Scottish Leaving Certificate Examination, 1959
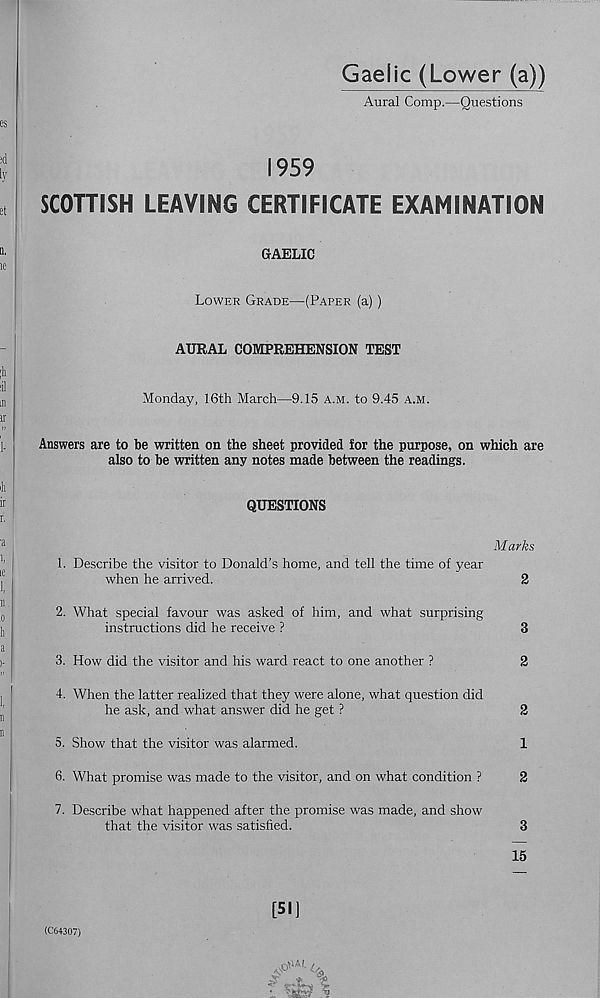
Gaelic (Lower (a))
Aural Comp.—Questions
1959
SCOTTISH LEAVING CERTIFICATE EXAMINATION
GAELIC
Lower Grade—(Paper (a) )
AURAL COMPREHENSION TEST
Monday, 16th March—9.15 a.m. to 9.45 a.m.
Answers are to be written on the sheet provided for the purpose, on which are
also to be written any notes made between the readings.
QUESTIONS
Marks
1. Describe the visitor to Donald’s home, and tell the time of year
when he arrived.
2
2. What special favour was asked of him, and what surprising
instructions did he receive ?
3
3. How did the visitor and his ward react to one another ?
2
4. When the latter realized that they were alone, what question did
he ask, and what answer did he get ?
2
5. Show that the visitor was alarmed.
1
6. What promise was made to the visitor, and on what condition ?
2
7. Describe what happened after the promise was made, and show
that the visitor was satisfied.
3
15
(C64307)
[51]